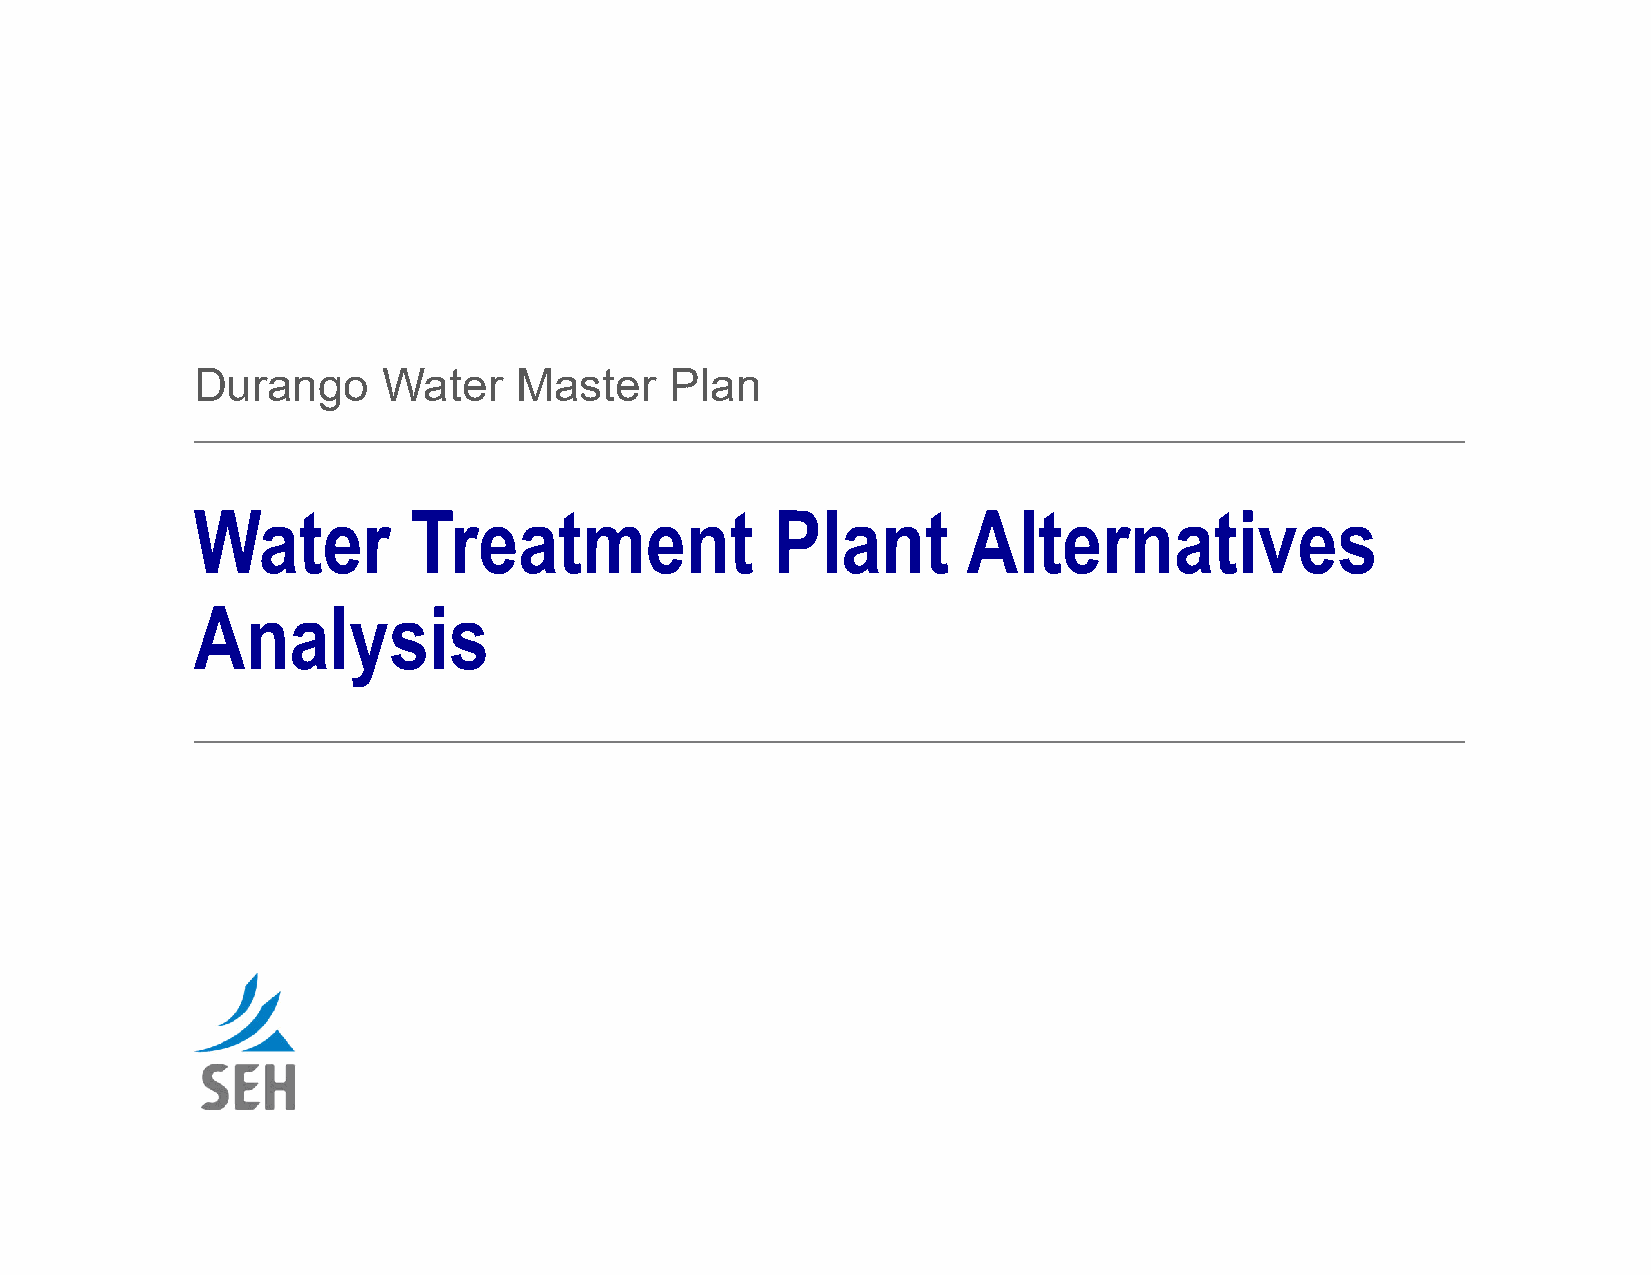
Durango     Water    Master    Plan
 Water         Treatment               Plant        Alternatives
 Analysis